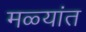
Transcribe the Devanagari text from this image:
मळ्यांत